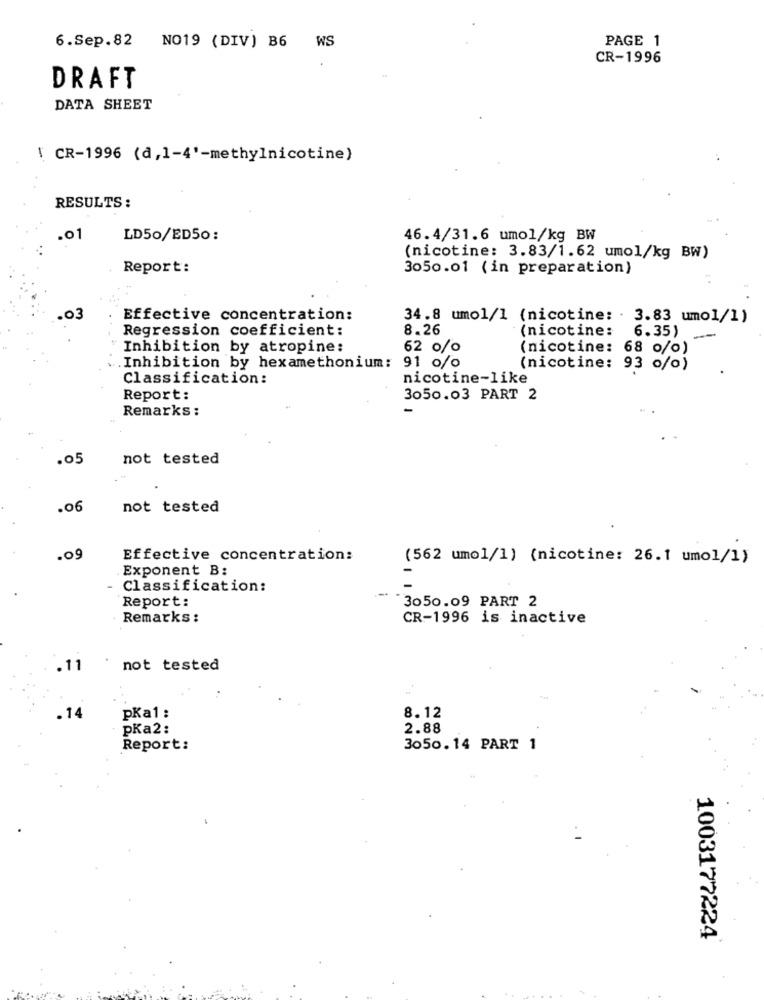
6.Sep.82
WS
PAGE 1
NO19 (DIV) B6
CR-1996
DRAFT
DATA SHEET
\ CR-1996 (d,1-4'-methylnicotine)
RESULTS :
.01
LD50/ED50:
46.4/31.6 umol/kg BW
(nicotine: 3.83/1.62 umol/kg BW)
Report:
3050.01 (in preparation)
03
Effective concentration:
34.8 umol/1 (nicotine: . 3.83 umol/1)
Regression coefficient:
8.26
(nicotine:
6.35)
Inhibition by atropine:
62 0/o
(nicotine: 68 o/o)
Inhibition by hexamethonium: 91 0/o
(nicotine: 93 o/o)
Classification:
nicotine-like
Report:
3050.03 PART 2
Remarks :
.05
not tested
.06
not tested
.09
Effective concentration:
(562 umol/1) (nicotine: 26.1 umol/1)
Exponent B:
- Classification:
Report:
-
3050.09 PART 2
Remarks:
CR-1996 is inactive
.11
not tested
8.12
. 14
pKa1 :
pKa2:
2.88
Report:
3050.14 PART 1
1003177224